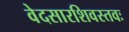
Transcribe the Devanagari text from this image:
वेदसारशिवस्तवः